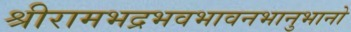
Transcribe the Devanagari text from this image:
श्रीरामभद्रभवभावनभानुभानो